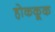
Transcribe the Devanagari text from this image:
होककूक